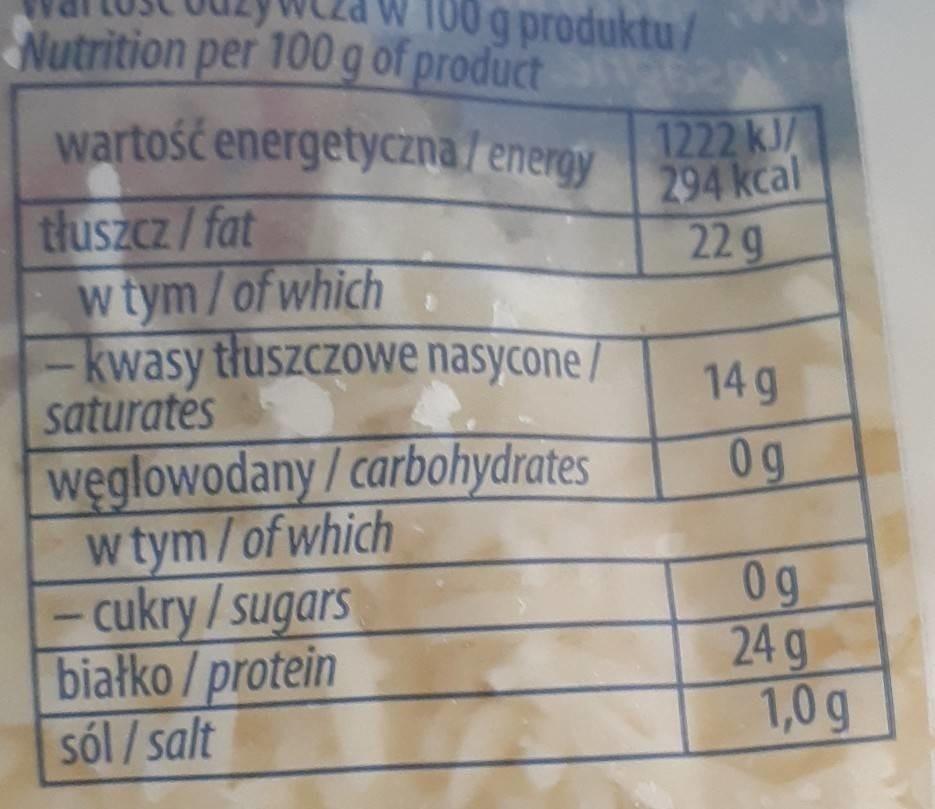
W 100 g produktu/
Nutrition per 100 g of product
wartość energetyczna/energy 294 kcal
1222 kJ/
22 g
tłuszcz/fat
w tym/of which
-kwasy tłuszczowe nasycone/ saturates
1
węglowodany/carbohydrates w tym/of which - cukry/sugars
białko/protein sól/salt
14 g
Og
0g
24 g
1,0 g